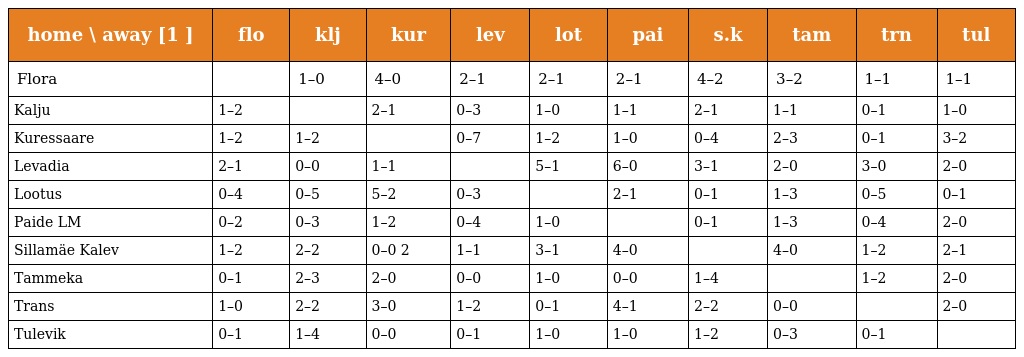
| home \ away [1 ] | flo | klj | kur | lev | lot | pai | s.k | tam | trn | tul |
 | --- | --- | --- | --- | --- | --- | --- | --- | --- | --- | --- |
 | Flora |  | 1–0 | 4–0 | 2–1 | 2–1 | 2–1 | 4–2 | 3–2 | 1–1 | 1–1 |
 | Kalju | 1–2 |  | 2–1 | 0–3 | 1–0 | 1–1 | 2–1 | 1–1 | 0–1 | 1–0 |
 | Kuressaare | 1–2 | 1–2 |  | 0–7 | 1–2 | 1–0 | 0–4 | 2–3 | 0–1 | 3–2 |
 | Levadia | 2–1 | 0–0 | 1–1 |  | 5–1 | 6–0 | 3–1 | 2–0 | 3–0 | 2–0 |
 | Lootus | 0–4 | 0–5 | 5–2 | 0–3 |  | 2–1 | 0–1 | 1–3 | 0–5 | 0–1 |
 | Paide LM | 0–2 | 0–3 | 1–2 | 0–4 | 1–0 |  | 0–1 | 1–3 | 0–4 | 2–0 |
 | Sillamäe Kalev | 1–2 | 2–2 | 0–0 2 | 1–1 | 3–1 | 4–0 |  | 4–0 | 1–2 | 2–1 |
 | Tammeka | 0–1 | 2–3 | 2–0 | 0–0 | 1–0 | 0–0 | 1–4 |  | 1–2 | 2–0 |
 | Trans | 1–0 | 2–2 | 3–0 | 1–2 | 0–1 | 4–1 | 2–2 | 0–0 |  | 2–0 |
 | Tulevik | 0–1 | 1–4 | 0–0 | 0–1 | 1–0 | 1–0 | 1–2 | 0–3 | 0–1 |  |